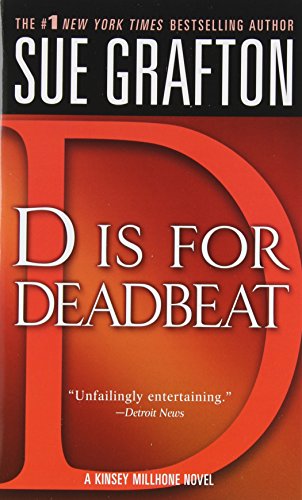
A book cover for D is for Deadbeat (The Kinsey Millhone Alphabet Mysteries); Sue Grafton; Mystery, Thriller & Suspense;